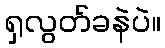
ရှလွတ်ခနဲပဲ။